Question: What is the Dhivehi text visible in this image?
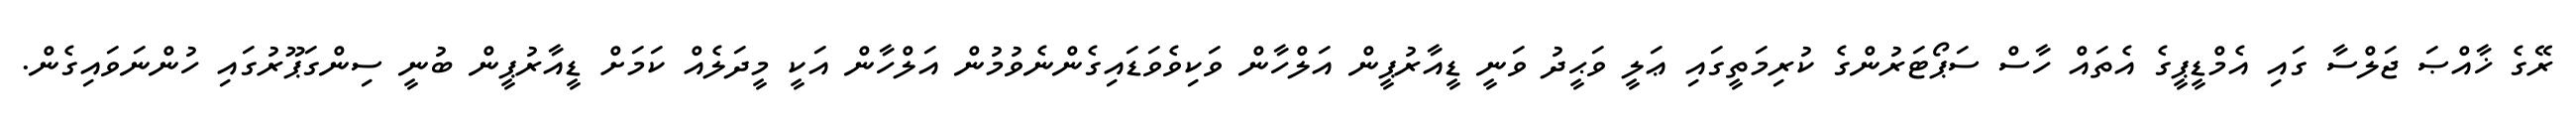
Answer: ރޭގެ ޚާއްޞަ ޖަލްސާ ގައި އެމްޑީޕީގެ އެތައް ހާސް ސަޕޯޓަރުންގެ ކުރިމަތީގައި ޢަލީ ވަޙީދު ވަނީ ޑީއާރުޕީން އަލްހާން ވަކިވެވަޑައިގެންނެވުމުން އަލްހާން އަކީ މީދަލެއް ކަމަށް ޑީއާރުޕީން ބުނީ ސިންގަޕޫރުގައި ހުންނަވައިގެން.